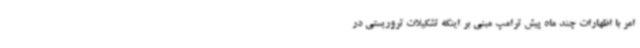
امر با اظهارات چند ماه پیش ترامپ مبنی بر اینکه تشکیلات تروریستی در